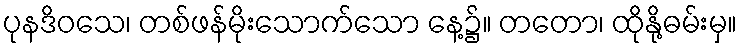
ပုနဒိဝသေ၊ တစ်ဖန်မိုးသောက်သော နေ့၌။ တတော၊ ထိုနို့ဓမ်းမှ။